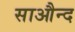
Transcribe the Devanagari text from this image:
साऔन्द